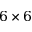
6 \times 6